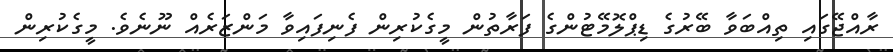
ރާއްޖޭގައި ތިއްބަވާ ބޭރުގެ ޑިޕްލޮމޭޓުންގެ ފަރާތުން މީގެކުރިން ފެނިފައިވާ މަންޒަރެއް ނޫނެވެ. މީގެކުރިން